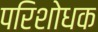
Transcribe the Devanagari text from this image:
परिशोधक